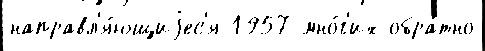
направл'я́ющиjес'я 1957 мно́г'их обра́тно